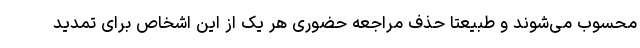
محسوب می‌شوند و طبیعتا حذف مراجعه حضوریِ هر یک از این اشخاص برای تمدید